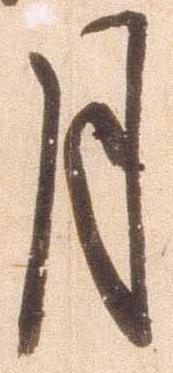
月